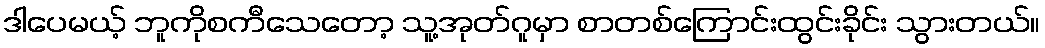
ဒါပေမယ့် ဘူကိုစကီသေတော့ သူ့အုတ်ဂူမှာ စာတစ်ကြောင်းထွင်းခိုင်း သွားတယ်။